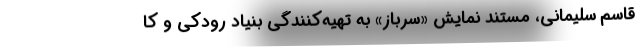
قاسم سلیمانی، مستند نمایش «سرباز» به تهیه‌کنندگی بنیاد رودکی و کا